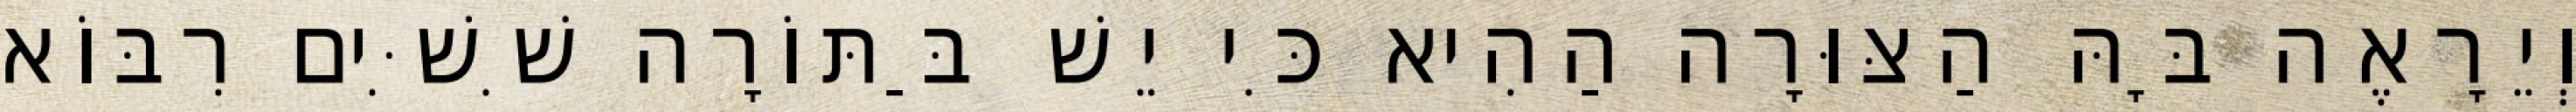
וְיֵרָאֶה בָּהּ הַצּוּרָה הַהִיא כִּי יֵשׁ בַּתּוֹרָה שִׁשִּׁים רִבּוֹא